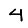
Digit: 4